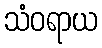
သံဝရာယ